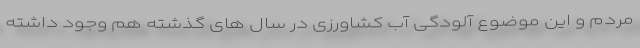
مردم و این موضوع آلودگی آب کشاورزی در سال های گذشته هم وجود داشته